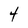
Character: 4